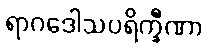
ရာဂဒေါသပရိက္ခီဏာ